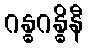
ဂန္ဓဂန္ဓိနီ